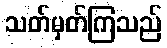
သတ်မှတ်ကြသည်